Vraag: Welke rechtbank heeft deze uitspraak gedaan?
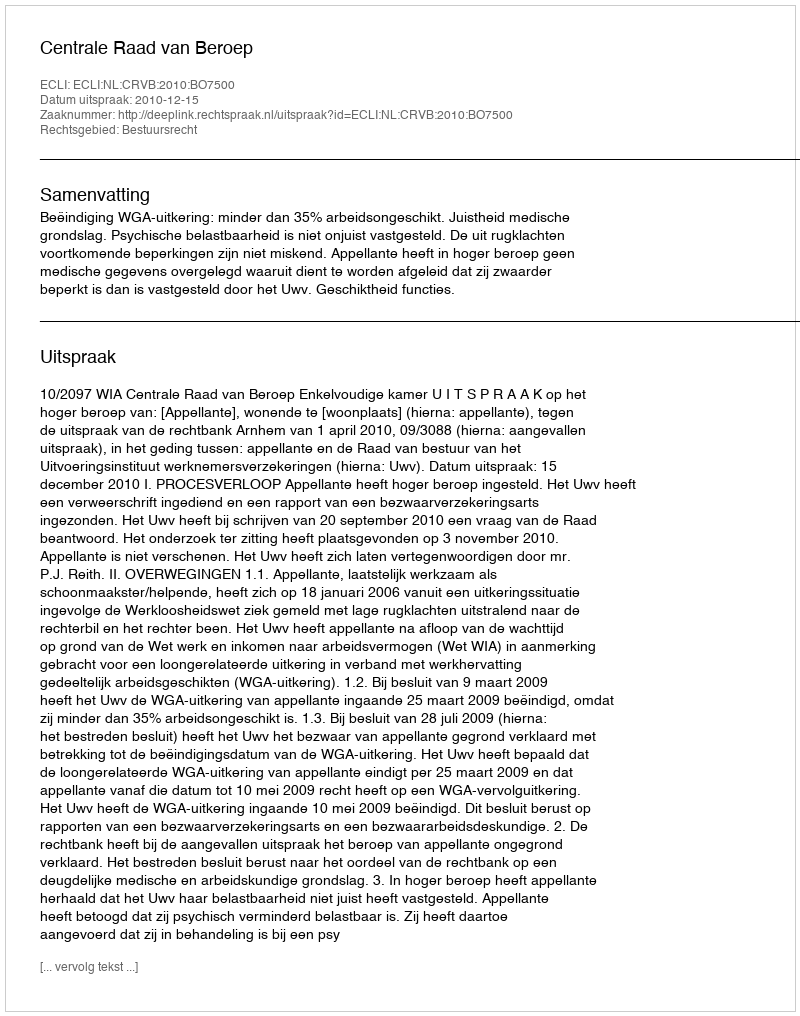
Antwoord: Centrale Raad van Beroep